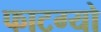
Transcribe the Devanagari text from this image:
फाटग्यो